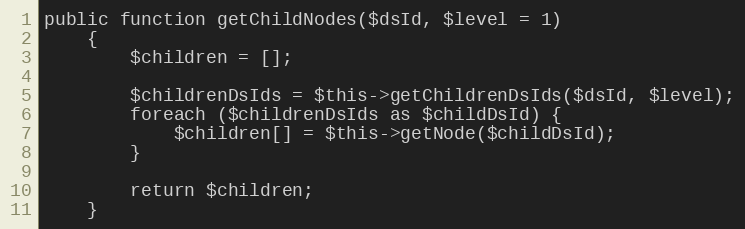
Language: PHP
public function getChildNodes($dsId, $level = 1)
    {
        $children = [];

        $childrenDsIds = $this->getChildrenDsIds($dsId, $level);
        foreach ($childrenDsIds as $childDsId) {
            $children[] = $this->getNode($childDsId);
        }

        return $children;
    }